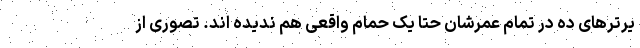
یرترهای ده در تمام عمرشان حتا یک حمام واقعی هم ندیده اند. تصوری از